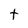
Character: t